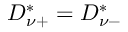
D _ { \nu + } ^ { * } = D _ { \nu - } ^ { * }